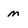
Character: m